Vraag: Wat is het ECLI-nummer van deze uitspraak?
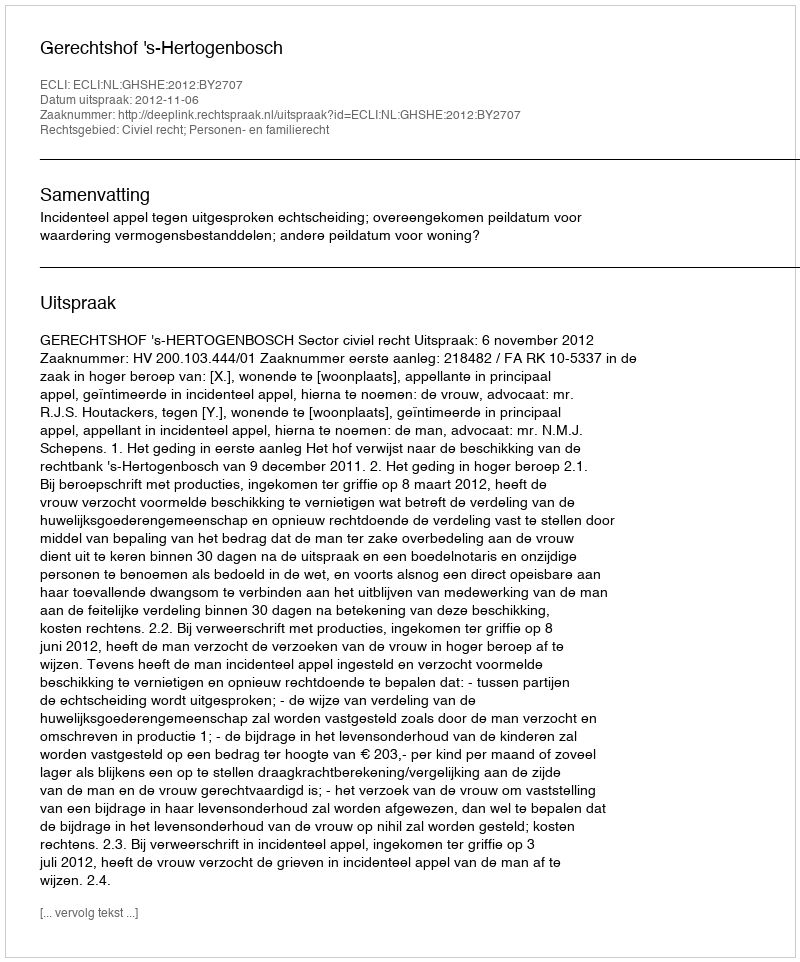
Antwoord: ECLI:NL:GHSHE:2012:BY2707